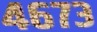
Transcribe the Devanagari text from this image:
४६७३